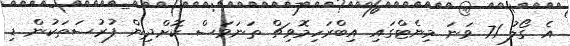
އެ ގޯލު 71 ވަނަ މިނެޓްގައި އިބްރަހިމޮވިޗް ތަނަވަސް ކޮށްދިން ފުރުސަތަކުން ޑި